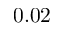
0 . 0 2